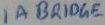
Text: 1A BRIDGE